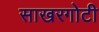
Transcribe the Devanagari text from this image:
साखरगोटी